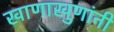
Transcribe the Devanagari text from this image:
खाणाखुणांनी